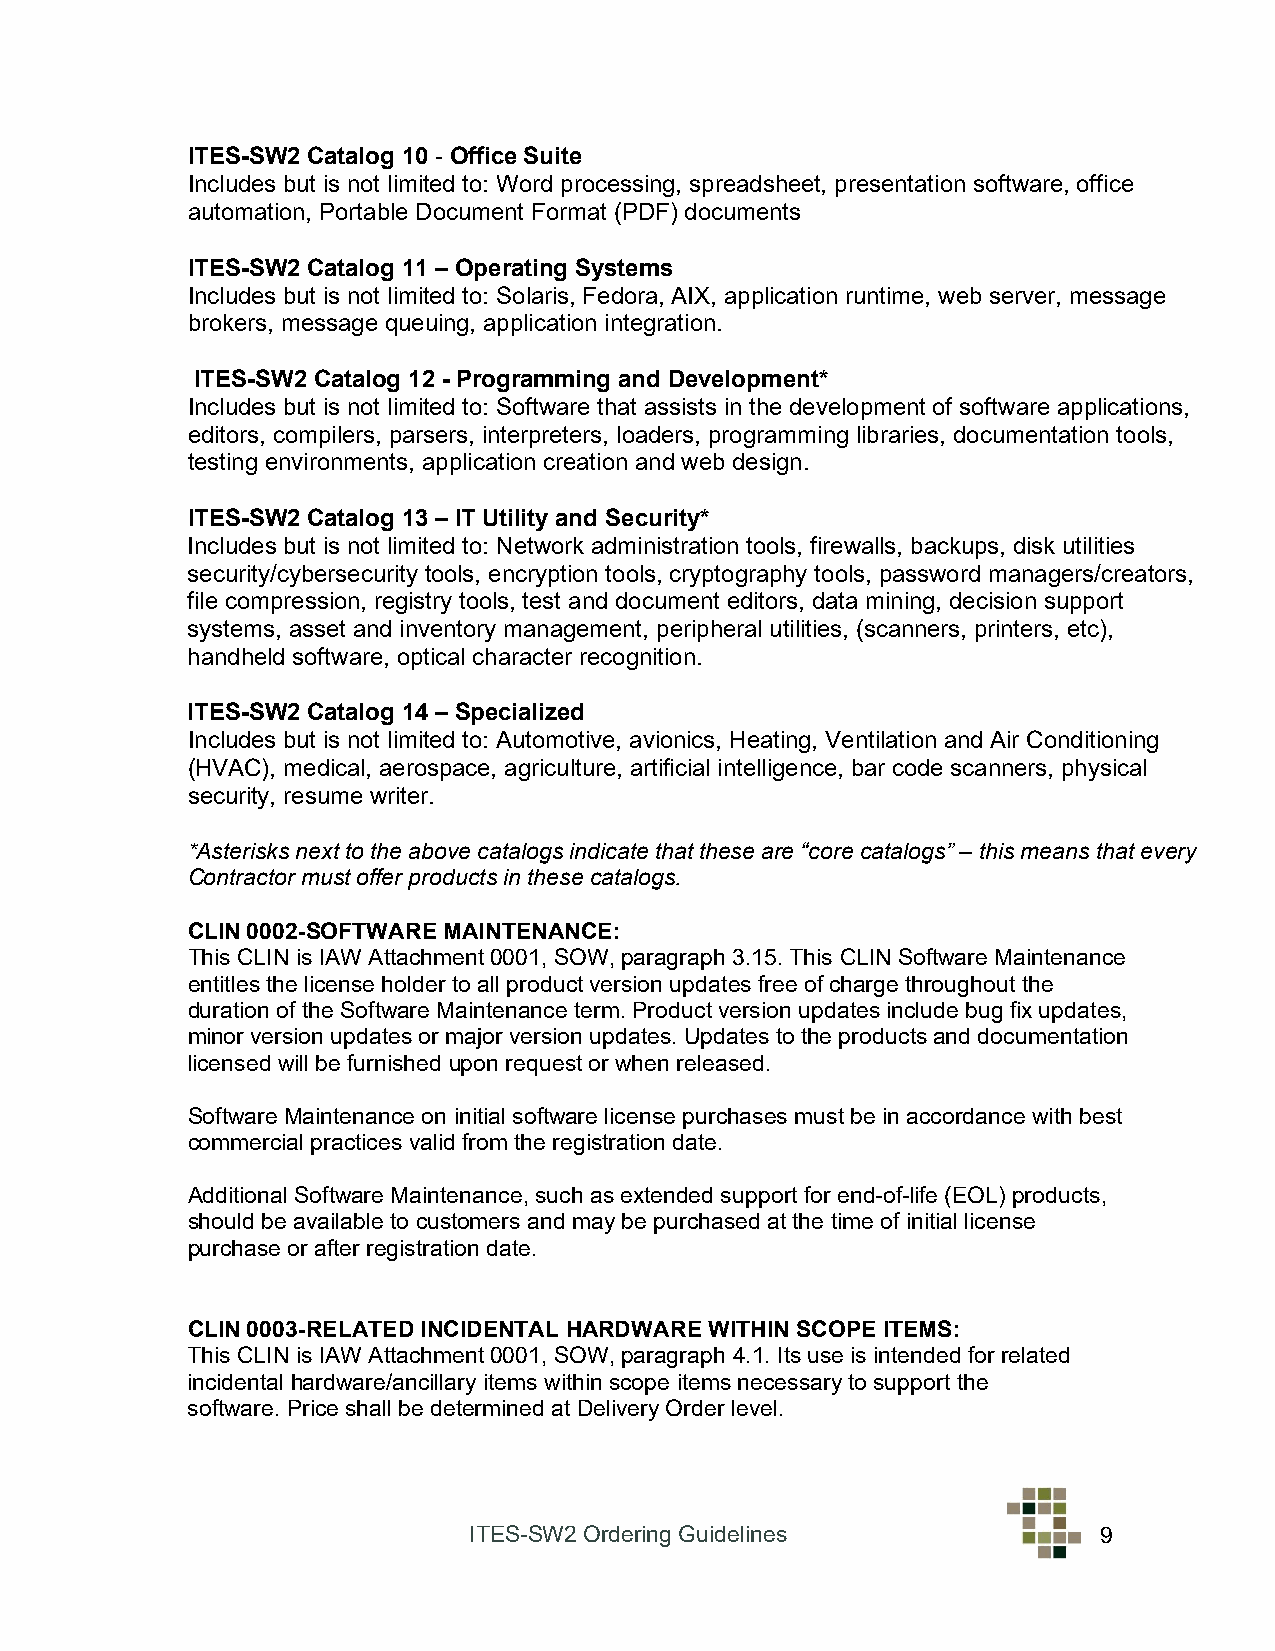
ITES-SW2 Catalog 10 - Office Suite
 Includes but is not limited to: Word processing, spreadsheet, presentation software, office
 automation, Portable Document Format (PDF) documents
 ITES-SW2 Catalog 11 – Operating Systems
 Includes but is not limited to: Solaris, Fedora, AIX, application runtime, web server, message
 brokers, message queuing, application integration.
 ITES-SW2 Catalog 12 - Programming and Development*
 Includes but is not limited to: Software that assists in the development of software applications,
 editors, compilers, parsers, interpreters, loaders, programming libraries, documentation tools,
 testing environments, application creation and web design.
 ITES-SW2 Catalog 13 – IT Utility and Security*
 Includes but is not limited to: Network administration tools, firewalls, backups, disk utilities
 security/cybersecurity tools, encryption tools, cryptography tools, password managers/creators,
 file compression, registry tools, test and document editors, data mining, decision support
 systems, asset and inventory management, peripheral utilities, (scanners, printers, etc),
 handheld software, optical character recognition.
 ITES-SW2 Catalog 14 – Specialized
 Includes but is not limited to: Automotive, avionics, Heating, Ventilation and Air Conditioning
 (HVAC), medical, aerospace, agriculture, artificial intelligence, bar code scanners, physical
 security, resume writer.
 *Asterisks next to the above catalogs indicate that these are “core catalogs” – this means that every
 Contractor must offer products in these catalogs.
 CLIN 0002-SOFTWARE MAINTENANCE:
 This CLIN is IAW Attachment 0001, SOW, paragraph 3.15. This CLIN Software Maintenance
 entitles the license holder to all product version updates free of charge throughout the
 duration of the Software Maintenance term. Product version updates include bug fix updates,
 minor version updates or major version updates. Updates to the products and documentation
 licensed will be furnished upon request or when released.
 Software Maintenance on initial software license purchases must be in accordance with best
 commercial practices valid from the registration date.
 Additional Software Maintenance, such as extended support for end-of-life (EOL) products,
 should be available to customers and may be purchased at the time of initial license
 purchase or after registration date.
 CLIN 0003-RELATED INCIDENTAL HARDWARE WITHIN SCOPE ITEMS:
 This CLIN is IAW Attachment 0001, SOW, paragraph 4.1. Its use is intended for related
 incidental hardware/ancillary items within scope items necessary to support the
 software. Price shall be determined at Delivery Order level.
 ITES-SW2 Ordering Guidelines              9